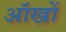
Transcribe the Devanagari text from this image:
ऑखों